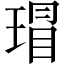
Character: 瑁